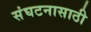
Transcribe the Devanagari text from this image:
संघटनासाठी